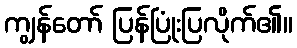
ကျွန်တော် ပြန်ပြုံးပြလိုက်၏။